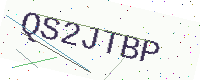
Text: QS2JTBP